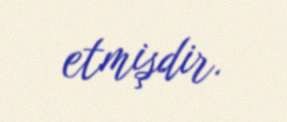
etmişdir.